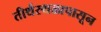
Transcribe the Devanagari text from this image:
तीर्थस्थळापासून